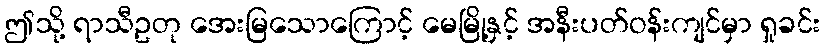
ဤသို့ ရာသီဥတု အေးမြသောကြောင့် မေမြို့နှင့် အနီးပတ်ဝန်းကျင်မှာ ရှုခင်း